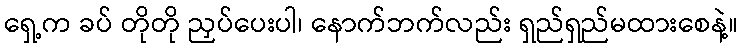
ရှေ့က ခပ် တိုတို ညှပ်ပေးပါ၊ နောက်ဘက်လည်း ရှည်ရှည်မထားစေနဲ့။